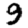
Digit: 9